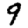
Digit: 9